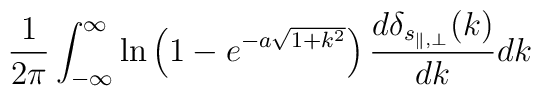
\frac{1}{2\pi}\int_{-\infty}^{\infty}\ln\left(1-e^{-a\sqrt{1+k^2}}\right)\frac{d\delta_{s_{\parallel,\perp}}(k)}{dk}dk